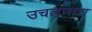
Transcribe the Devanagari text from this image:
उचलणारा